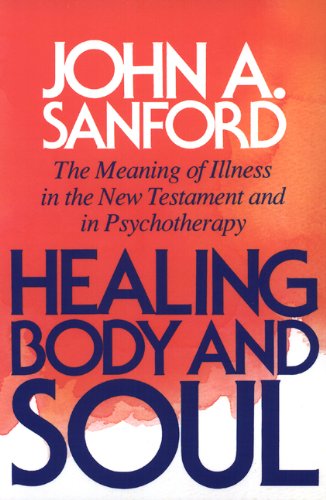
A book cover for Healing Body and Soul: The Meaning of Illness in the New Testament and in Psychotherapy; John A. Sanford; Religion & Spirituality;